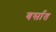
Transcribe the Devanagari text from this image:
बर्सात